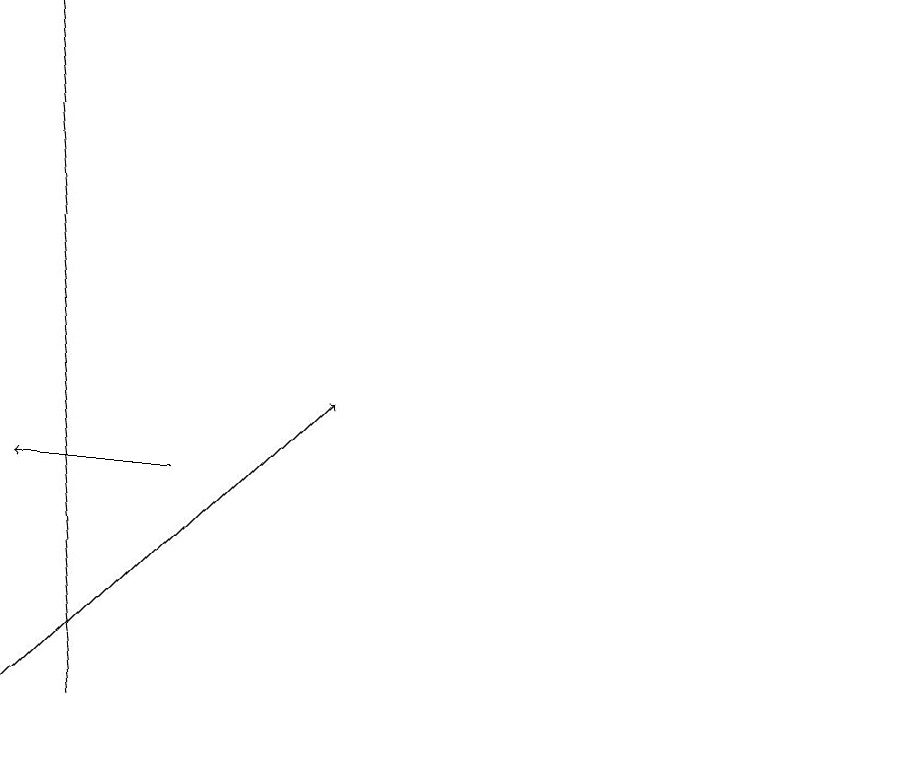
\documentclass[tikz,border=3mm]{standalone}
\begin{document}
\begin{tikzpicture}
\draw (12,11) circle (0);
\draw[->] (2,10) -- (1,19);
\draw[->] (1,10) -- (5,14);
\draw[->] (3,13) -- (1,13);
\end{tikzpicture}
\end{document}